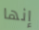
إنها